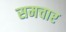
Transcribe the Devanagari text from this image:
समचार